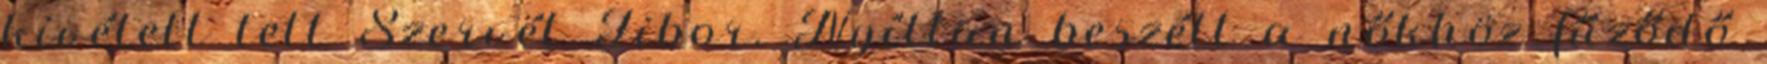
kivételt tett Szervét Tibor. Nyíltan beszélt a nőkhöz fűződő